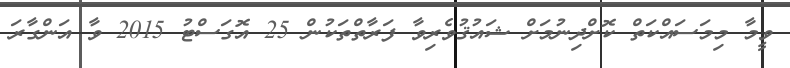
ވީމާ މިމަސައްކަތް ކޮށްދިނުމަށް ޝައުޤުވެރިވާ ފަރާތްތަކުން 25 އޮގަސްޓު 2015 ވާ އަންގާރަ